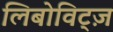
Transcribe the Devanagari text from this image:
लिबोविट्ज़